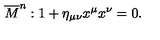
\overline { { M } } ^ { n } : 1 + \eta _ { \mu \nu } x ^ { \mu } x ^ { \nu } = 0 .